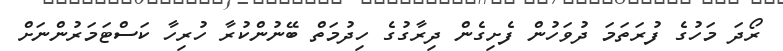
ރޯދަ މަހުގެ ފުރަތަމަ ދުވަހުން ފެށިގެން ދިރާގުގެ ހިދުމަތް ބޭނުންކުރާ ހުރިހާ ކަސްޓަމަރުންނަށް